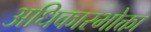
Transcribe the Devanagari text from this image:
अधिकारभोक्ता